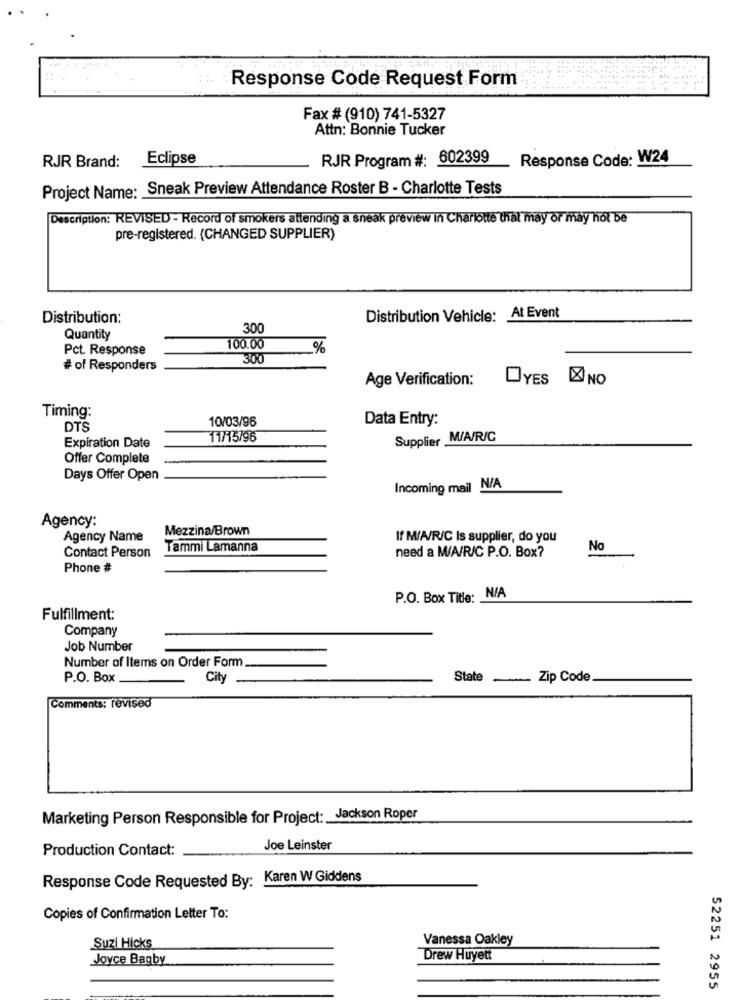
Response Code Request Form
Fax # (910) 741-5327
Attn: Bonnie Tucker
Eclipse
RJR Program #: 602399
Response Code: W24
RJR Brand:
Project Name: Sneak Preview Attendance Roster B - Charlotte Tests
Description: REVISED - Record of smokers attending a sneak preview In Charlotte that may or may hol be
pre-registered. (CHANGED SUPPLIER)
Distribution:
Distribution Vehicle: At Event
300
Quantity
Pct. Response
100.00
%
300
# of Responders
Age Verification:
OYES XI NO
Timing:
10/03/96
Data Entry:
DTS
11/15/96
Supplier M/A/R/C
Expiration Date
Offer Complete
Days Offer Open
Incoming mail N/A
Agency:
Mezzina/Brown
Agency Name
If M/A/R/C Is supplier, do you
Tammi Lamanna
need a M/A/R/C P.O. Box?
No
Contact Person
Phone #
P.O. Box Title: N/A
Fulfillment:
Company
Job Number
Number of Items on Order Form
P.O. Box
City
State
- Zip Code
Comments: revised
Marketing Person Responsible for Project: Jackson Roper
Production Contact:
Joe Leinster
Response Code Requested By: Karen W Giddens
Copies of Confirmation Letter To:
Vanessa Oakley
Suzi Hicks
Joyce Bagby
Drew Huyett
52251 2955